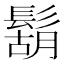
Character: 鬍